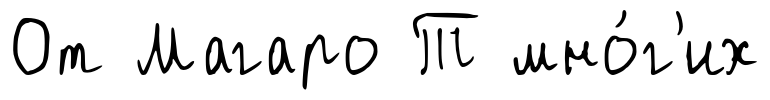
От Магаро Т мно́г'их